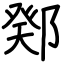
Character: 鄈